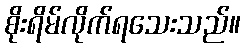
စိုးရိမ်လိုက်ရသေးသည်။